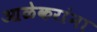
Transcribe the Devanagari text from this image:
आळेकरांना